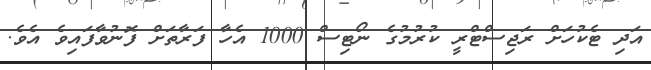
އަދި ޓެކުހަށް ރަޖިސްޓްރީ ކުރުމުގެ ނޯޓިސް 1000 އެހާ ފަރާތަށް ފޮނުވާފައިވެ އެވެ.